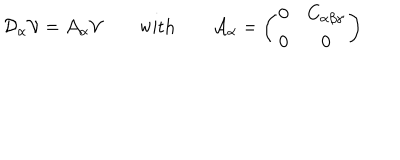
{ \cal D } _ { \alpha } { \cal V } = { \cal A } _ { \alpha } { \cal V } \qquad \mathrm { w i t h } \qquad { \cal A } _ { \alpha } = \left( \begin{matrix} { { 0 } } & { { C _ { \alpha \beta \gamma } } } \\ { { 0 } } & { { 0 } } \\ \end{matrix} \right)